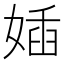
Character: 㛼